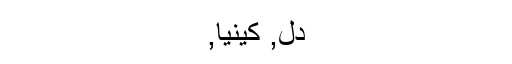
دل, کینیا,